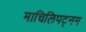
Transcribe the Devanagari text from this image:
माचिलिपट्नम